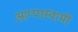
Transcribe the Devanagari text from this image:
आप्पास्वामीं